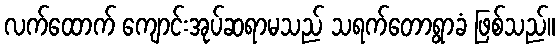
လက်ထောက် ကျောင်းအုပ်ဆရာမသည် သရက်တောရွာခံ ဖြစ်သည်။